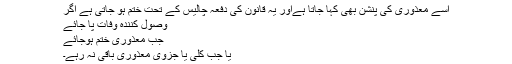
اسے معذوری کی پنشن بھی کہا جاتا ہےاور یہ قانون کی دفعہ چالیس کے تحت ختم ہو جاتی ہے اگر
وصول کنندہ وفات پا جائے
جب معذوری ختم ہوجائے
یا جب کلی یا جزوی معذوری باقی نہ رہے۔